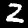
Digit: 2